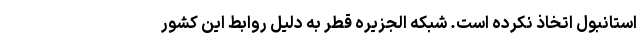
استانبول اتخاذ نکرده است. شبکه الجزیره قطر به دلیل روابط این کشور